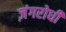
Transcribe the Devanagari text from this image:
ज़ंगरोधी